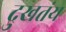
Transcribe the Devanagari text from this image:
दुखतंय